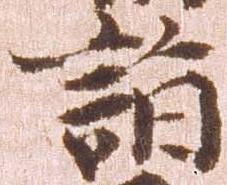
詣